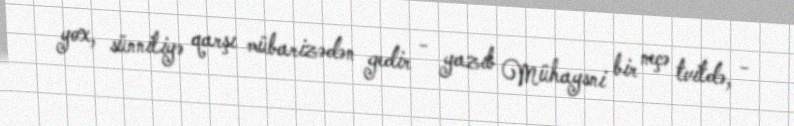
yox, sünniliyə qarşı mübarizədən gedir - yazıb Mühaysni bir neçə tvitdə, -